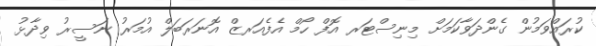
ކުރައްވަމުން ގެންދަވާކަމަށް މިނިސްޓަރ އޮފް ހޯމް އެފެއަރޒް އޮނަރަބަލް އުމަރު ނަސީރު ވިދާޅު